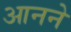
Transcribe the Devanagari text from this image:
आनने